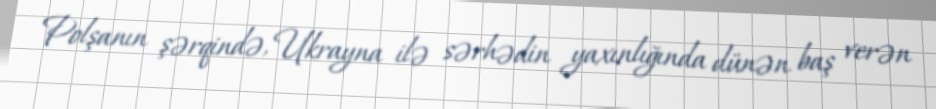
Polşanın şərqində, Ukrayna ilə sərhədin yaxınlığında dünən baş verən